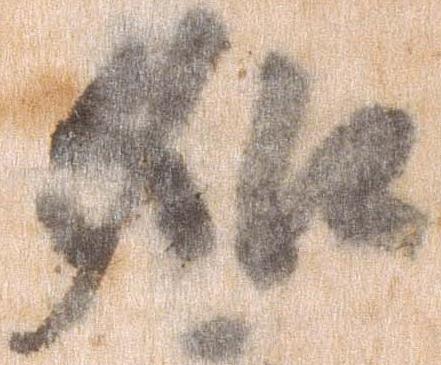
如